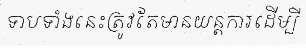
ទាបទាំងនេះត្រូវតែមានយន្តការដើម្បី